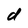
Character: d